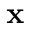
\textbf { x }